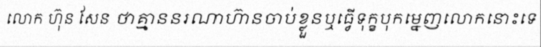
លោក ហ៊ុន សែន ថាគ្មាននរណាហ៊ានចាប់ខ្លួនឬធ្វើទុក្ខបុកម្នេញលោកនោះទេ